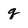
Character: q